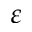
\varepsilon